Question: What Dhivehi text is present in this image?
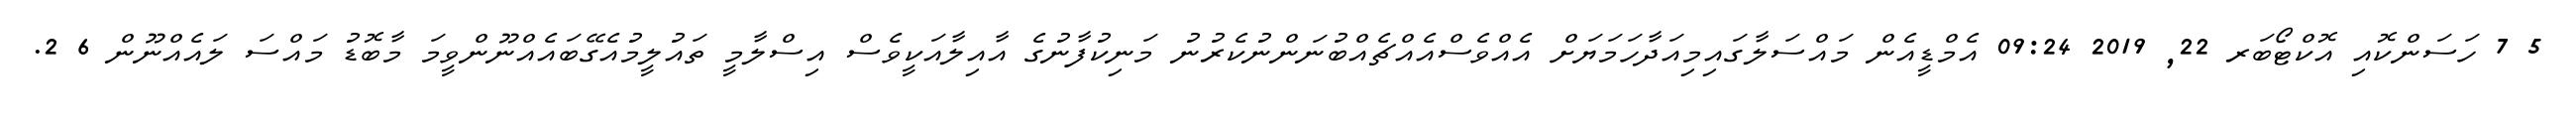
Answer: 5 7 ހަސަންކޮއި އޮކްޓޯބަރ 22, 2019 09:24 އެމްޑީއެން މައްސަލާގައިމިއަދާހަމަޔަށް އެއްވެސްއެއްޗެއްބުނަންނުކެރުނު މަނިކުފާނުގެ އާއިލާއަކީވެސް އިސްލާމީ ތައުލީމުއެގޭބައެއްނޫންވީމަ މާބޮޑު މައްސަ ލައެއްނޫން 6 2.